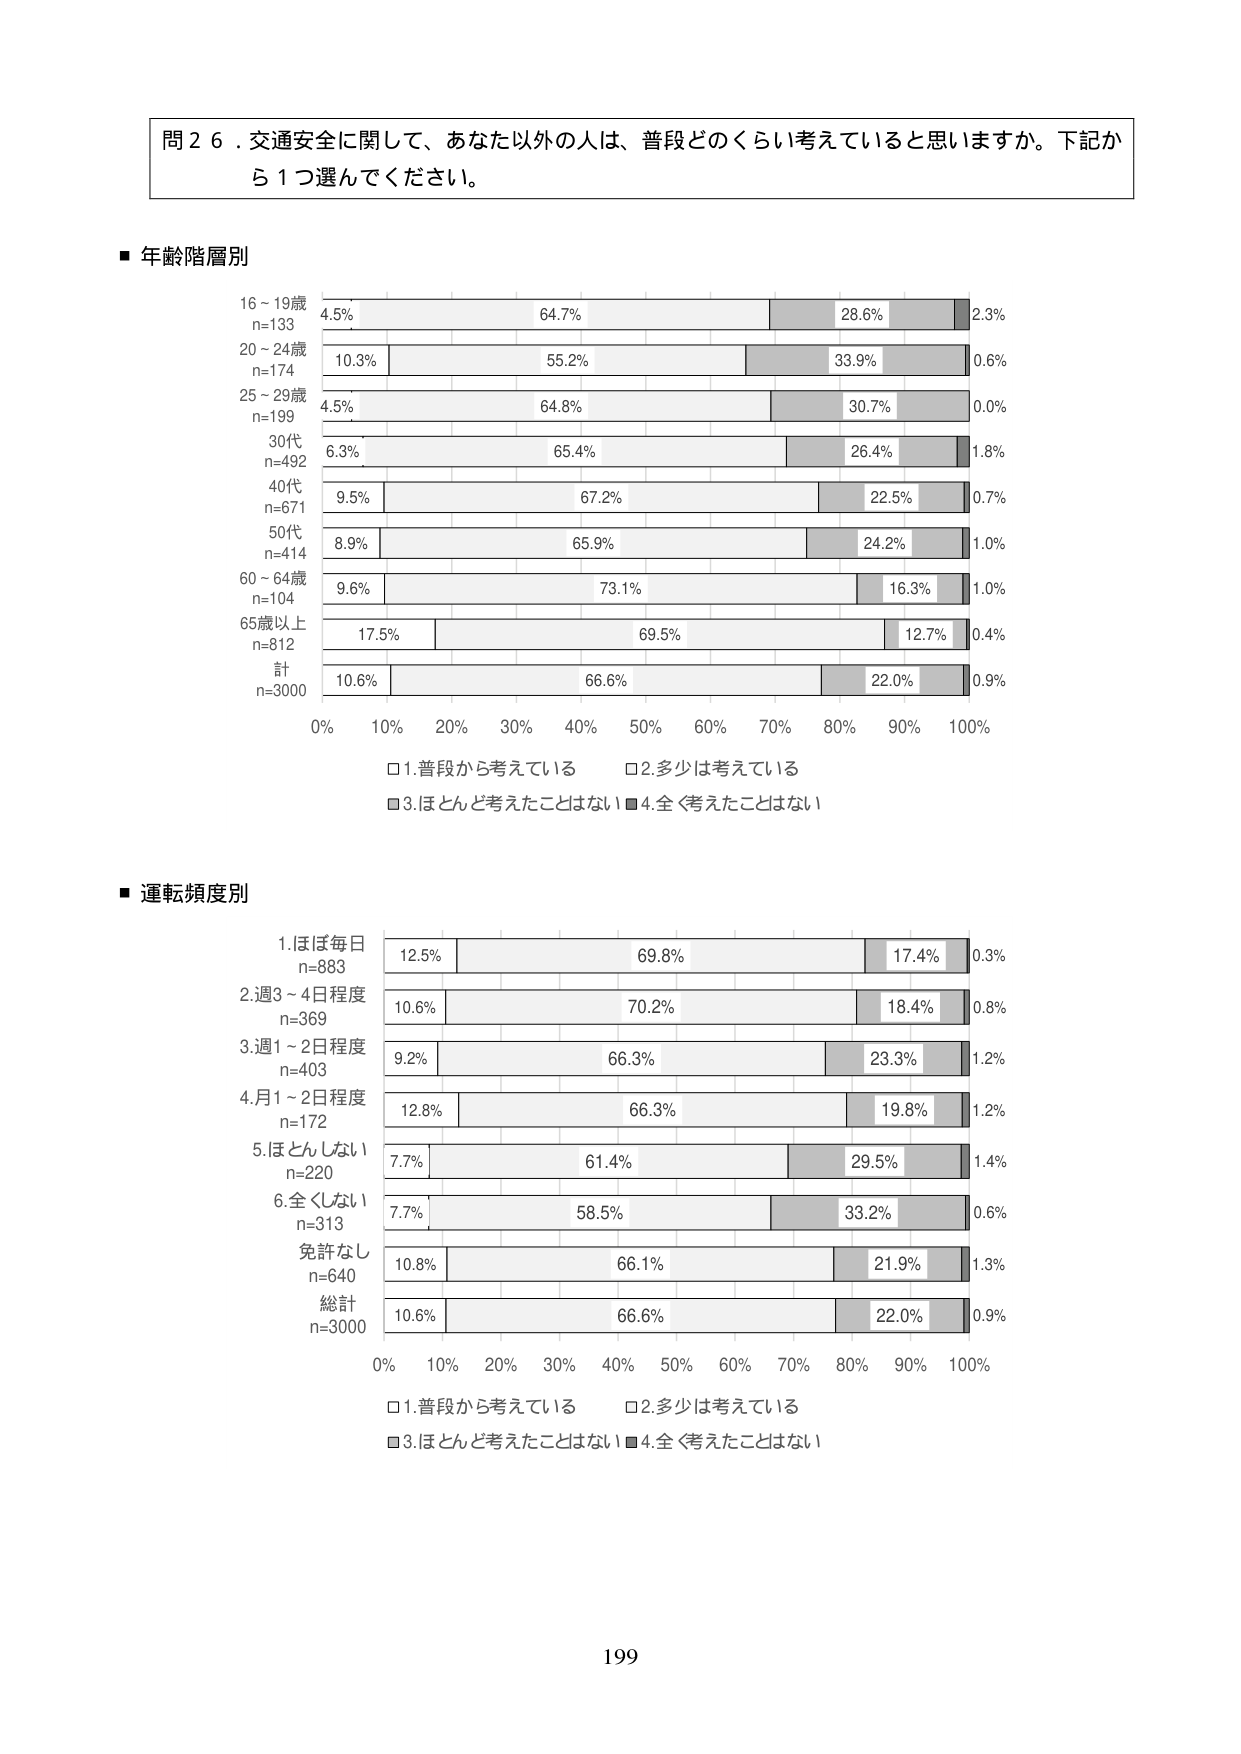
問２６．交通安全に関して、あなた以外の人は、普段どのくらい考えていると思いますか。下記から１つ選んでください。

■ 年齢階層別
16～19歳
n=133
4.5% 64.7% 28.6% 2.3%
20～24歳
n=174
10.3% 55.2% 33.9% 0.6%
25～29歳
n=199
4.5% 64.8% 30.7% 0.0%
30代
n=492
6.3% 65.4% 26.4% 1.8%
40代
n=671
9.5% 67.2% 22.5% 0.7%
50代
n=414
8.9% 65.9% 24.2% 1.0%
60～64歳
n=104
9.6% 73.1% 16.3% 1.0%
65歳以上
n=812
17.5% 69.5% 12.7% 0.4%
計
n=3000
10.6% 66.6% 22.0% 0.9%
0% 10% 20% 30% 40% 50% 60% 70% 80% 90% 100%
□1.普段から考えている □2.多少は考えている
■3.ほとんど考えたことはない ■4.全く考えたことはない

■ 運転頻度別
1.ほぼ毎日
n=883
12.5% 69.8% 17.4% 0.3%
2.週3～4日程度
n=369
10.6% 70.2% 18.4% 0.8%
3.週1～2日程度
n=403
9.2% 66.3% 23.3% 1.2%
4.月1～2日程度
n=172
12.8% 66.3% 19.8% 1.2%
5.ほとんどしない
n=220
7.7% 61.4% 29.5% 1.4%
6.全くしない
n=313
7.7% 58.5% 33.2% 0.6%
免許なし
n=640
10.8% 66.1% 21.9% 1.3%
総計
n=3000
10.6% 66.6% 22.0% 0.9%
0% 10% 20% 30% 40% 50% 60% 70% 80% 90% 100%
□1.普段から考えている □2.多少は考えている
■3.ほとんど考えたことはない ■4.全く考えたことはない

199